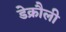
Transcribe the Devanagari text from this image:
डेक्रौली